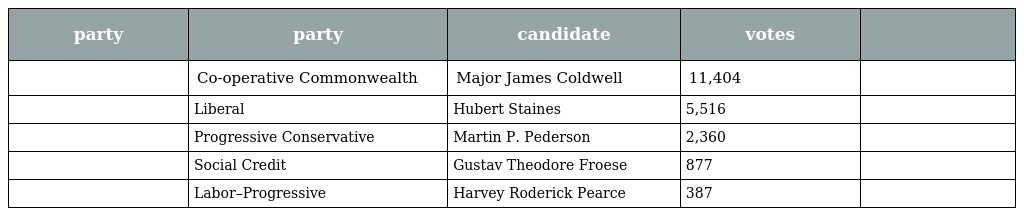
| party | party | candidate | votes |  |
 | --- | --- | --- | --- | --- |
 |  | Co-operative Commonwealth | Major James Coldwell | 11,404 |  |
 |  | Liberal | Hubert Staines | 5,516 |  |
 |  | Progressive Conservative | Martin P. Pederson | 2,360 |  |
 |  | Social Credit | Gustav Theodore Froese | 877 |  |
 |  | Labor–Progressive | Harvey Roderick Pearce | 387 |  |